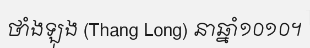
ថាំងឡុង (Thang Long) នាឆ្នាំ១០១០។